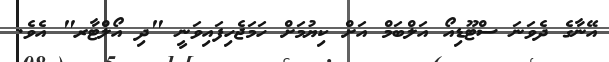
އޭނާގެ ދެވަނަ ސްޓޫޑިއޯ އަލްބަމް އަށް ކިޔުމަށް ހަމަޖެހިފައިވަނީ "ދި އޯލްޓާރ" އެވެ.